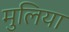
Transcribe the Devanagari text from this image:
मुलिया